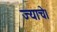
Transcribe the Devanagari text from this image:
ज्याचे।